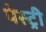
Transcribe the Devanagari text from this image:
पेस्‍ट्री